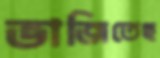
ভাজিতেছ